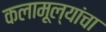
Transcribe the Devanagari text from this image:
कलामूल्यांचा